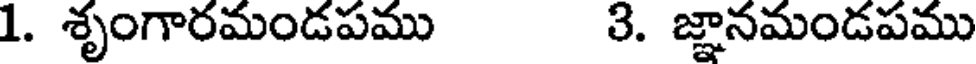
1. శృంగారమండపము 3. జ్ఞానమండపము